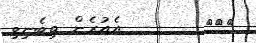
١٢١        އެއުރެން ތިބެނިވި